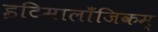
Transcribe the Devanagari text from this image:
इटिमालाँजिकम्